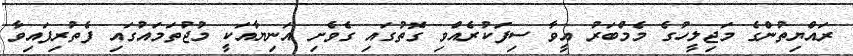
ރައްޔިތުންގެ މަޖިލީހުގެ މެމްބަރު އީވާ ސިފަކުރެއްވި ގޮތުގައި ގެވެށި އަނިޔާއަކީ މުޖުތަމައުގައި ފެތުރިފައިވާ